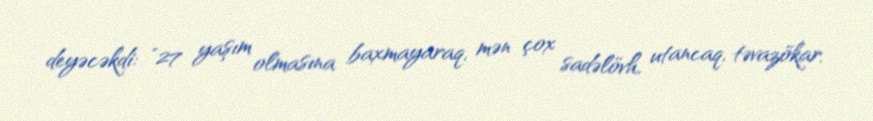
deyəcəkdi: "27 yaşım olmasına baxmayaraq, mən çox sadəlövh, utancaq, təvazökar,